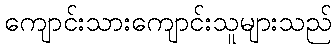
ကျောင်းသားကျောင်းသူများသည်